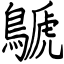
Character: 鷈